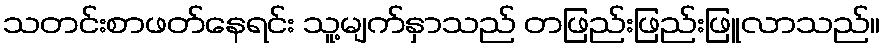
သတင်းစာဖတ်နေရင်း သူ့မျက်နှာသည် တဖြည်းဖြည်းဖြူလာသည်။